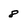
Character: 8